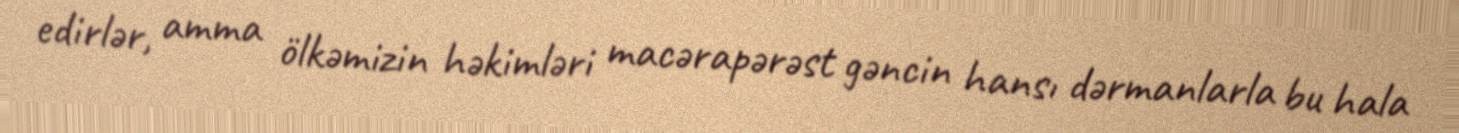
edirlər, amma ölkəmizin həkimləri macərapərəst gəncin hansı dərmanlarla bu hala